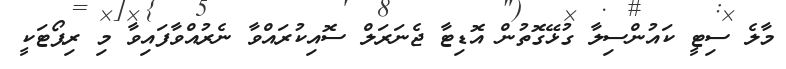
މާލެ ސިޓީ ކައުންސިލާ ގުޅޭގޮތުން އޮޑިޓާ ޖެނަރަލް ސޮއިކުރައްވާ ނެރުއްވާފައިވާ މި ރިޕޯޓަކީ